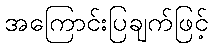
အကြောင်းပြချက်ဖြင့်